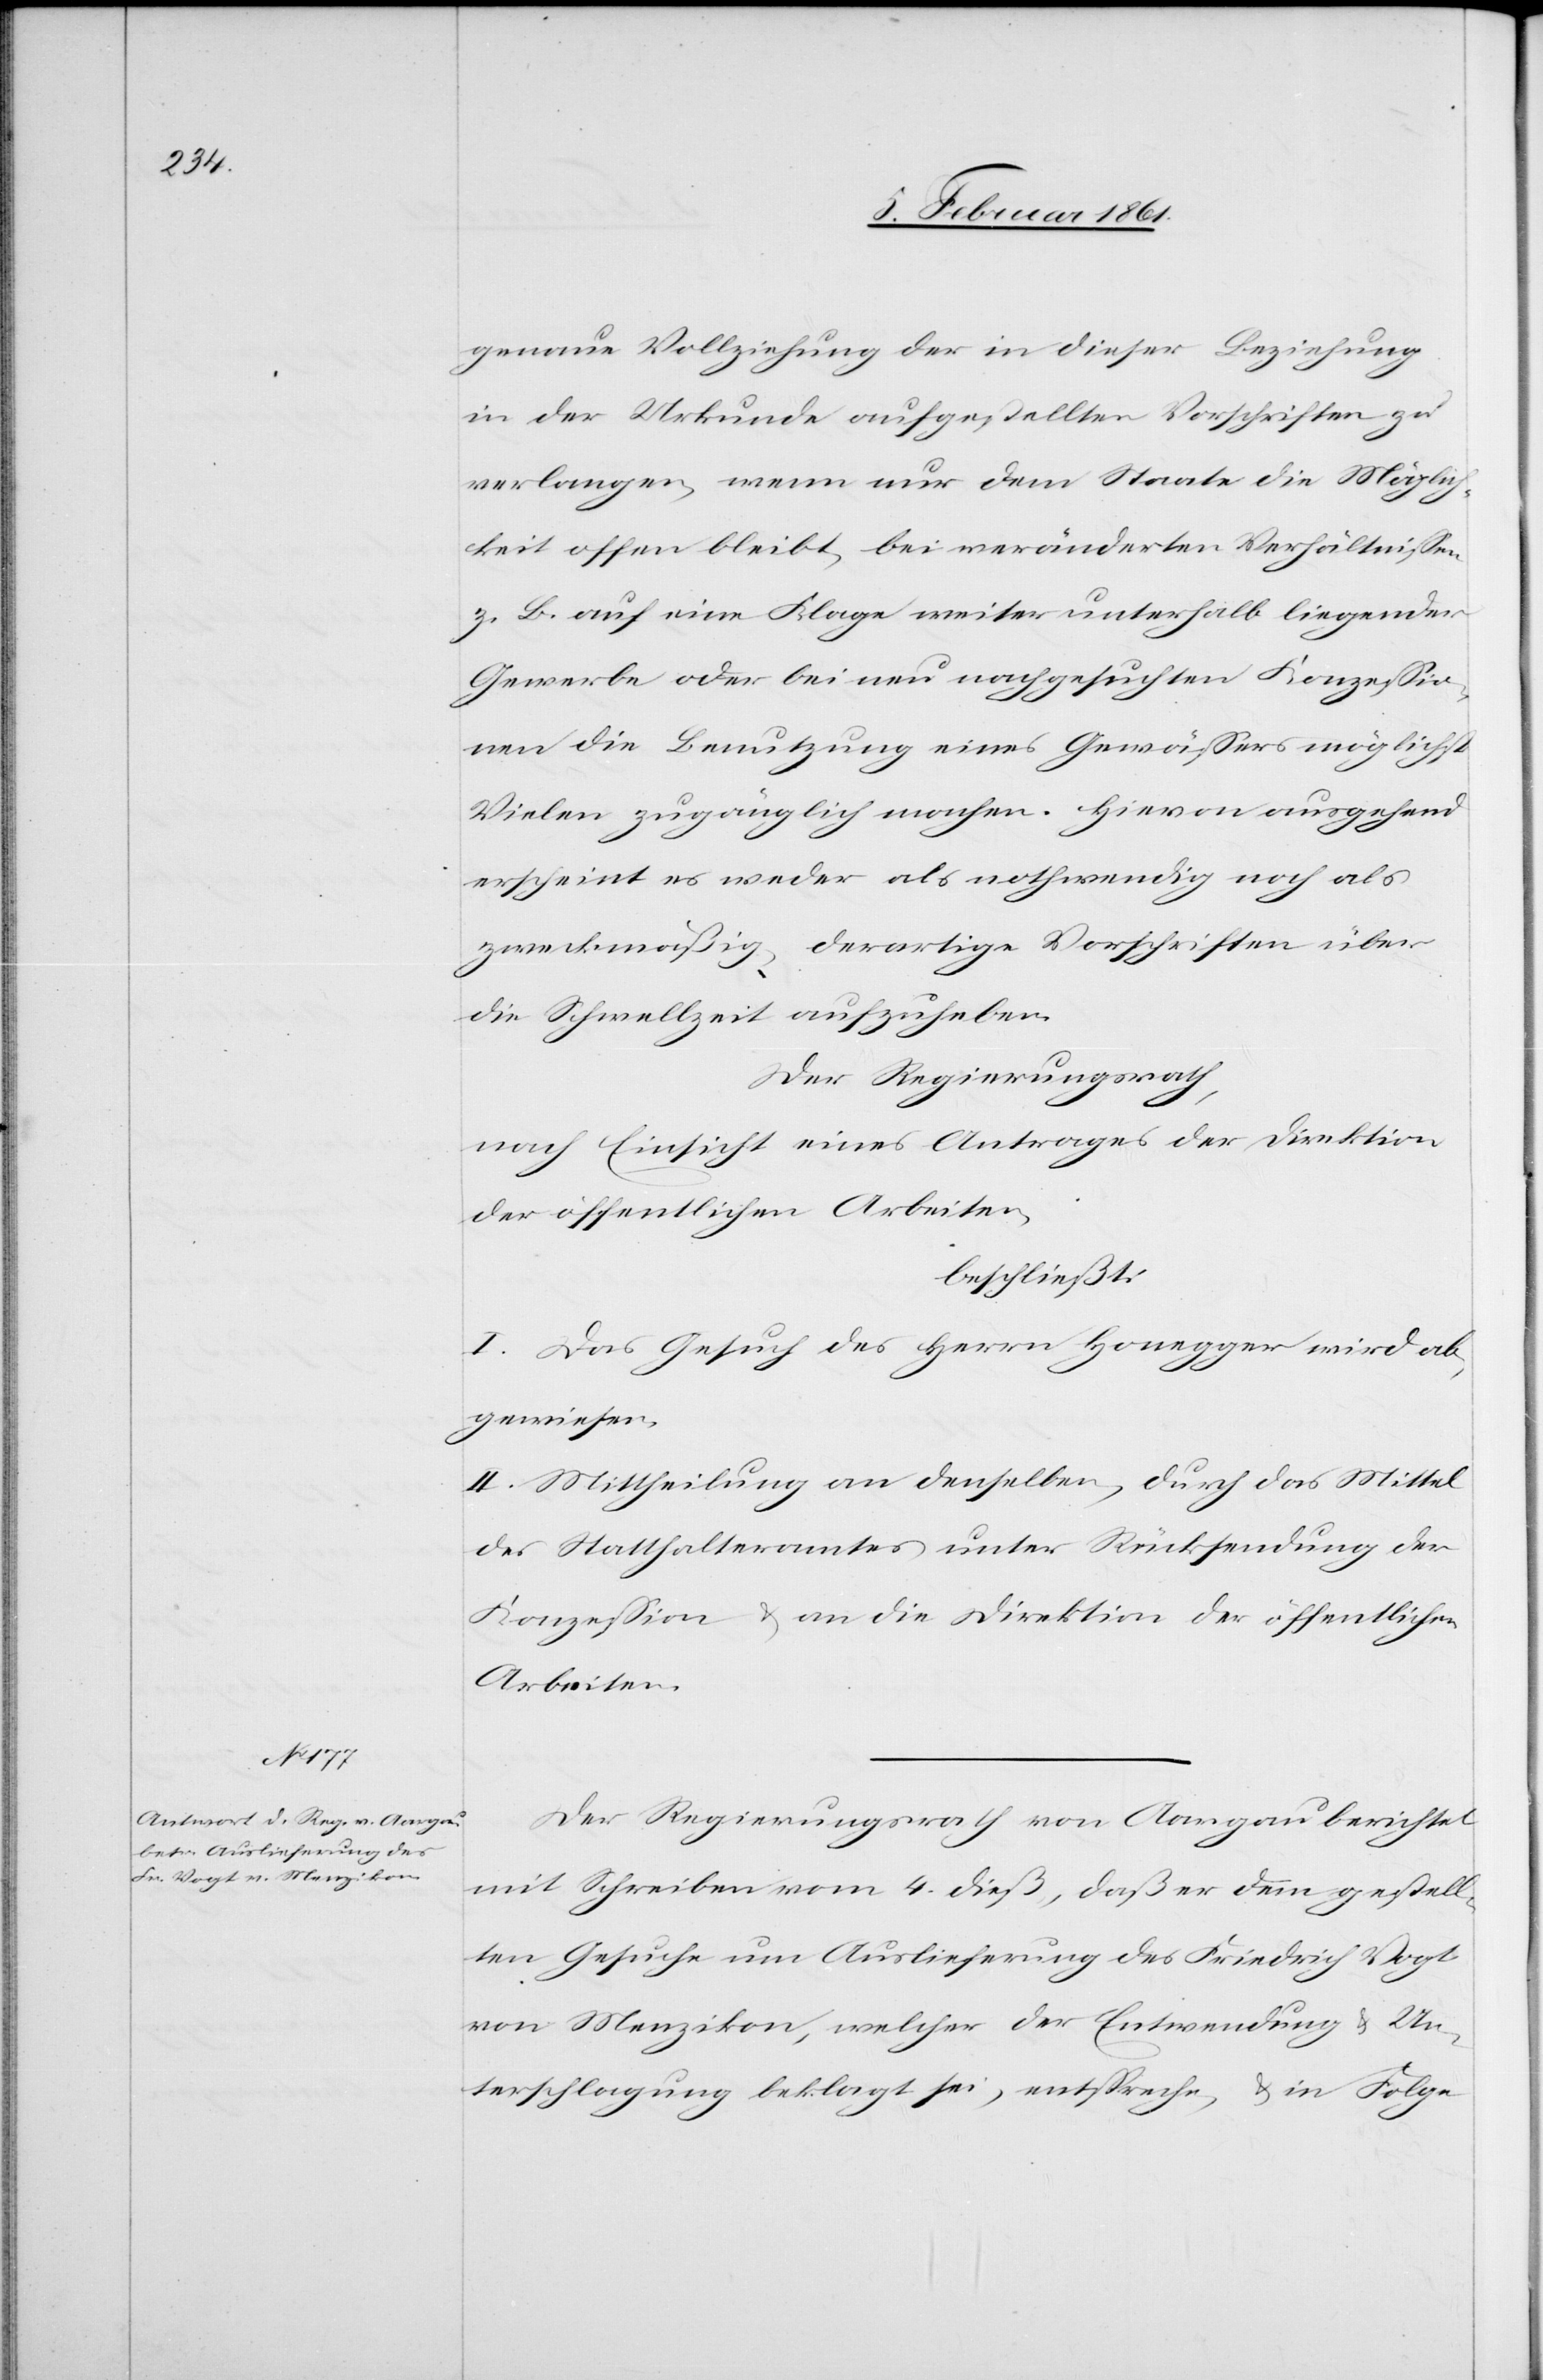
genaue Vollziehung der in dieser Beziehung
in der Urkunde aufgestellten Vorschriften zu
verlangen, wenn nur dem Staate die Möglich¬
keit offen bleibt, bei veränderten Verhältnissen
z. B. auf eine Klage weiter unterhalb liegender
Gewerbe oder bei neu nachgesuchten Konzessio¬
nen die Benutzung eines Gewässers, möglichst
Vielen zugänglich machen. Hievon ausgehend
erscheint es weder als nothwendig noch als
zweckmäßig derartige Vorschriften über
die Schwellzeit aufzuheben.
Der Regierungsrath,
nach Einsicht eines Antrages der Direktion
der öffentlichen Arbeiten,
beschließt:
I. Das Gesuch des Herrn Honegger wird ab¬
gewiesen.
II. Mittheilung an denselben, durch das Mittel
des Statthalteramtes unter Rücksendung der
Konzession u. an die Direktion der öffentlichen
Arbeiten.
Der Regierungsrath von Aargau berichtet
mit Schreiben vom 4. dieß, daß er dem gestell¬
ten Gesuche um Auslieferung des Friedrich Vogt
von Menzikon, welcher der Entwendung u. Un¬
terschlagung beklagt sei, entspreche, u. in Folge